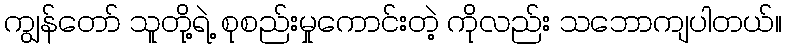
ကျွန်တော် သူတို့ရဲ့ စုစည်းမှုကောင်းတဲ့ ကိုလည်း သဘောကျပါတယ်။